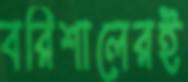
বরিশালেরই